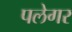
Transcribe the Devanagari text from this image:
पलेगर